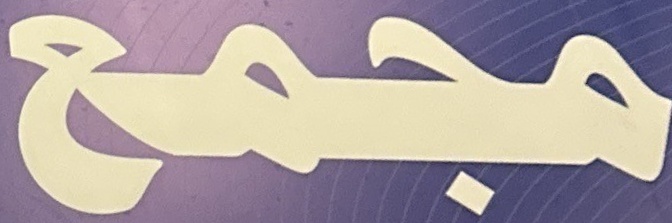
مجمع